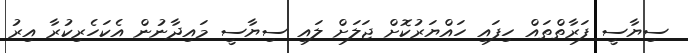
ސިޔާސީ ފަރާތްތައް ހިފައި ހައްޔަރުކޮށް ޖަލަށް ލައި ސިޔާސީ މައިދާނުން އެކަހެރިކުރާ އިރު